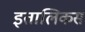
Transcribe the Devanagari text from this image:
इतालिकस